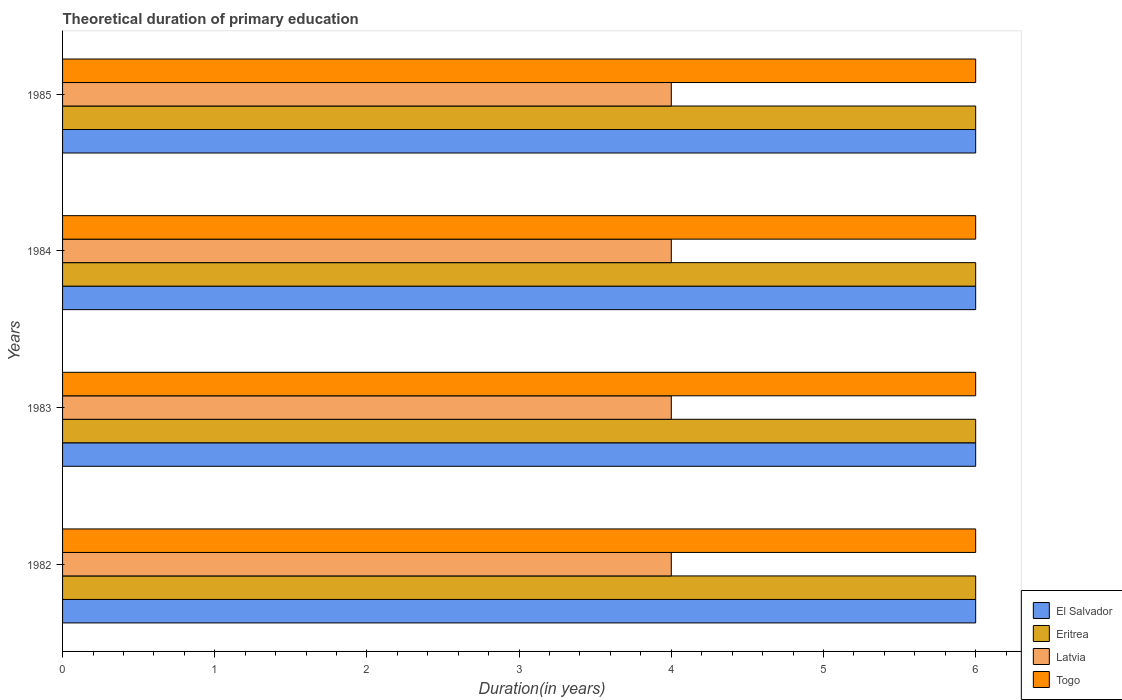
| Years | El Salvador | Eritrea | Latvia | Togo |
 | --- | --- | --- | --- | --- |
 | 1982 | 6 | 6 | 4 | 6 |
 | 1983 | 6 | 6 | 4 | 6 |
 | 1984 | 6 | 6 | 4 | 6 |
 | 1985 | 6 | 6 | 4 | 6 |